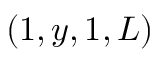
( 1 , y , 1 , L )